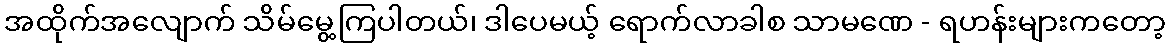
အထိုက်အလျောက် သိမ်မွေ့ကြပါတယ်၊ ဒါပေမယ့် ရောက်လာခါစ သာမဏေ - ရဟန်းများကတော့